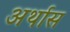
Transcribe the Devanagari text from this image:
अर्थास